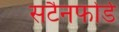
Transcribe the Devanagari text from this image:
सटैनफोर्ड